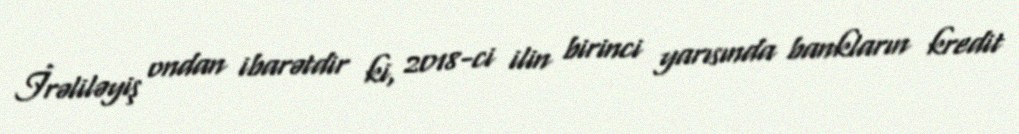
İrəliləyiş ondan ibarətdir ki, 2018-ci ilin birinci yarısında bankların kredit